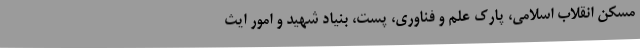
مسکن انقلاب اسلامی، پارک علم و فناوری، پست، بنیاد شهید و امور ایث